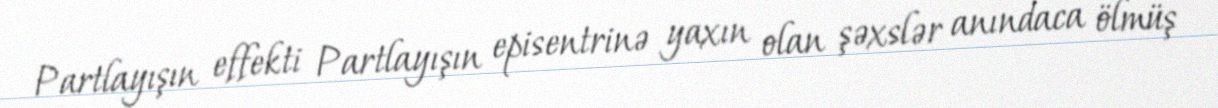
Partlayışın effekti Partlayışın episentrinə yaxın olan şəxslər anındaca ölmüş